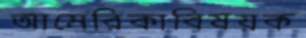
আমেরিকাবিষয়ক